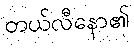
တယ်လီနော၏